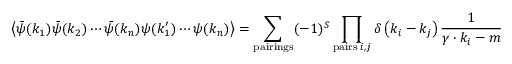
\left\langle { \bar { \psi } } ( k _ { 1 } ) { \bar { \psi } } ( k _ { 2 } ) \cdots { \bar { \psi } } ( k _ { n } ) \psi ( k _ { 1 } ^ { \prime } ) \cdots \psi ( k _ { n } ) \right\rangle = \sum _ { \mathrm { p a i r i n g s } } ( - 1 ) ^ { S } \prod _ { \mathrm { p a i r s } \; i , j } \delta \left( k _ { i } - k _ { j } \right) { \frac { 1 } { \gamma \cdot k _ { i } - m } }